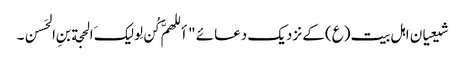
شیعیان اہل بیت(ع) کے نزدیک دعائے "أللهمَّ کُن لِولیکَ الحجة بنِ الحَسن۔